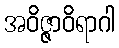
အဝိဇ္ဇာဝိရာဂါ